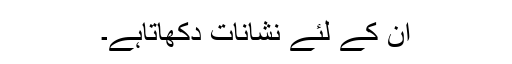
ان کے لئے نشانات دکھاتاہے۔